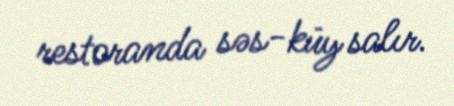
restoranda səs-küy salır.